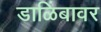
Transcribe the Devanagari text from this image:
डाळिंबावर